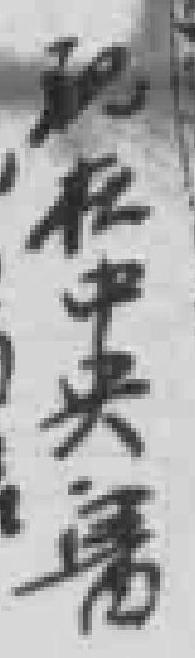
现在中央醫